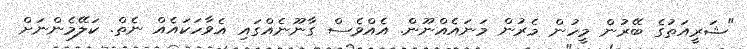
"ޝަރީއަތުގެ ބޭރުން މީހުން މެރުން މަނައެއްނޫން. އެއްވެސް ގާނޫނެއްގައި އެވާހަކައެއް ނެތް. ކަލޭމެންނަށް